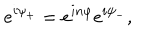
e ^ { i \psi _ { + } } = e ^ { i n \varphi } e ^ { i \psi _ { - } } ,